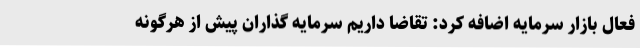
فعال بازار سرمایه اضافه کرد: تقاضا داریم سرمایه گذاران پیش از هرگونه